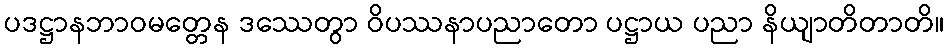
ပဒဋ္ဌာနဘာဝမတ္တေန ဒဿေတွာ ဝိပဿနာပညာတော ပဋ္ဌာယ ပညာ နိယျာတိတာတိ။